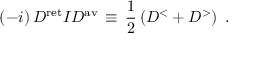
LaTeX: ( - i ) \, D ^ { \mathrm { r e t } } I D ^ { \mathrm { a v } } \, \equiv \, \frac { 1 } { 2 } \left( D ^ { < } + D ^ { > } \right) \, \, .